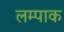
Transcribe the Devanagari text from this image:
लम्पाक